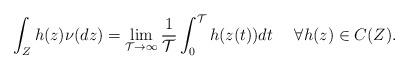
LaTeX: \begin{align*}\int_{Z} h(z)\nu(dz) = \lim_{\mathcal{T}\rightarrow\infty}\frac{1}{\mathcal{T}}\int_0^\mathcal{T} h(z(t))dt\ \ \ \ \forall h(z)\in C(Z) .\end{align*}